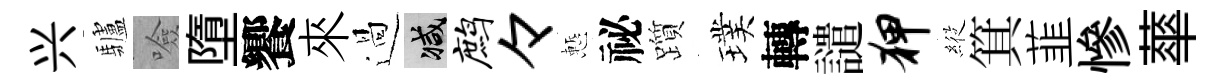
兴驢噞墮饗來過减鹧々慙祕躓璞轉譴狎𦂵箕韮慘蕐